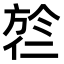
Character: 𬿎